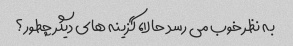
به نظر خوب می رسد حالا، گزینه های دیگر چطور؟